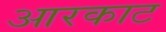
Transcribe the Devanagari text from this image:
आरकाट